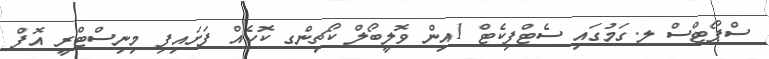
ސްޕޯޓްސް ލ.ގަމުގައި ސެޓްފިކެޓް 1އިން ވޮލީބޯލް ކޯޗިންގ ކޮހެއް ފަށައިފި މިނިސްޓްރީ އޮފް